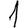
Digit: 1